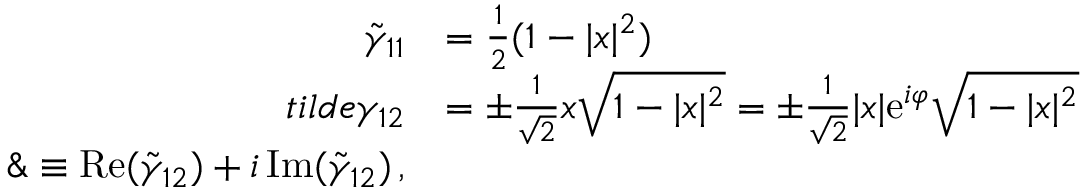
\begin{array} { r l } { \tilde { \gamma } _ { 1 1 } } & { = \frac { 1 } { 2 } ( 1 - | x | ^ { 2 } ) } \\ { t i l d e { \gamma } _ { 1 2 } } & { = \pm \frac { 1 } { \sqrt { 2 } } x \sqrt { 1 - | x | ^ { 2 } } = \pm \frac { 1 } { \sqrt { 2 } } | x | \mathrm { e } ^ { i \varphi } \sqrt { 1 - | x | ^ { 2 } } } \\ { \& \equiv \mathrm { R e } ( \tilde { \gamma } _ { 1 2 } ) + i \, \mathrm { I m } ( \tilde { \gamma } _ { 1 2 } ) \, , } \end{array}